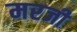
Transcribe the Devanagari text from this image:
मरजी